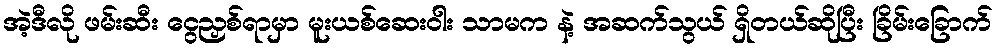
အဲ့ဒီလို ဖမ်းဆီး ငွေညှစ်ရာမှာ မူးယစ်ဆေးဝါး သာမက နဲ့ အဆက်သွယ် ရှိတယ်ဆိုပြီး ခြိမ်းခြောက်